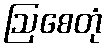
ဩစေတုံ